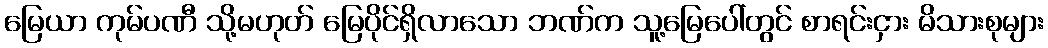
မြေယာ ကုမ်ပဏီ သို့မဟုတ် မြေပိုင်ရှိလာသော ဘဏ်က သူ့မြေပေါ်တွင် စာရင်းငှား မိသားစုများ